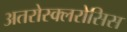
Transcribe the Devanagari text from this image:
अतरोस्क्लरोसिस